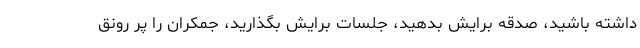
داشته باشید، صدقه برایش بدهید، جلسات برایش بگذارید، جمکران را پر رونق